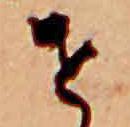
せ